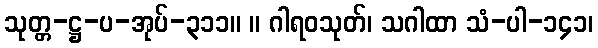
သုတ္တ-ဋ္ဌ-ပ-အုပ်-၃၁၁။ ။ ဂါရဝသုတ်၊ သဂါထာ သံ-ပါ-၁၄၁၊